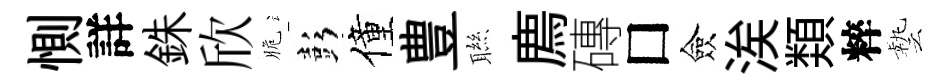
惻詳銖欣脆彭僮豊聮廌磚□僉涘𩔖粹藝